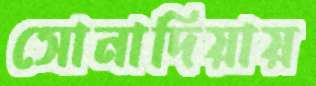
সোনাদিয়ায়